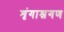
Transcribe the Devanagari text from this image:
शृंगाश्नगण